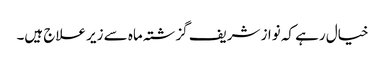
خیال رہے کہ نواز شریف گزشتہ ماہ سے زیر علاج ہیں۔